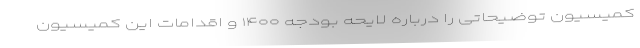
کمیسیون توضیحاتی را درباره لایحه بودجه ۱۴۰۰ و اقدامات این کمیسیون